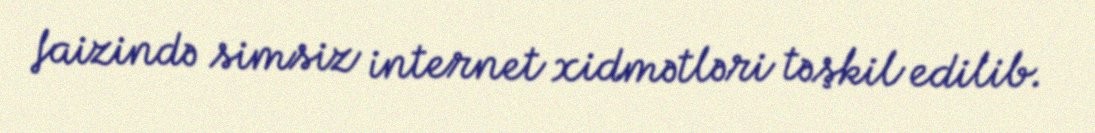
faizində simsiz internet xidmətləri təşkil edilib.